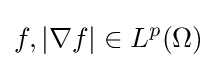
f,|\nabla f|\in L^{p}(\Omega )